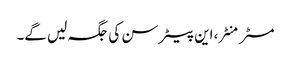
مسٹر منٹر، این پیٹر سن کی جگہ لیں گے۔